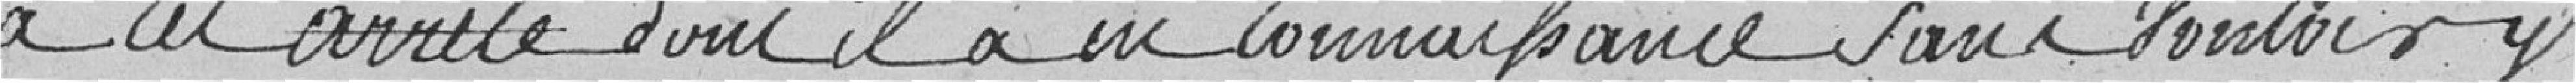
a cet arreté dont il a même connaissance sans vouloir y